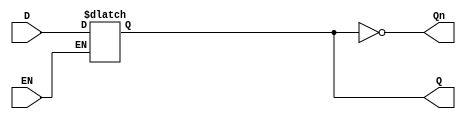
module LatchRegister (
    input wire D,       // Data Input
    input wire EN,      // Enable Signal
    output reg Q,       // Data Output
    output wire Qn      // Inverted Output
);

// Inverted output
assign Qn = ~Q;

// Always block for level-sensitive latch behavior
always @(*) begin
    if (EN) begin
        Q = D; // Capture the input when EN is high
    end
    // When EN is low, Q retains its previous state
end

endmodule